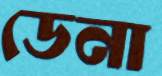
ডেনা